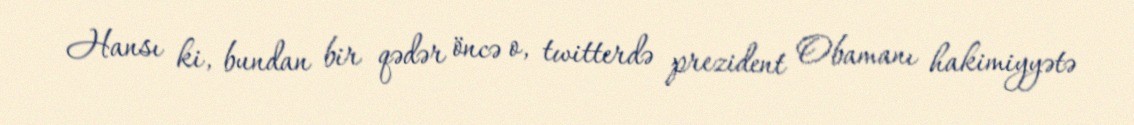
Hansı ki, bundan bir qədər öncə o, twitterdə prezident Obamanı hakimiyyətə